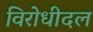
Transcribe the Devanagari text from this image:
विरोधीदल